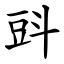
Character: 㪷